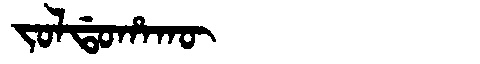
Manchu: ᠵᠣᠯᡩᠣᡥᠠᡴᡡ
Romanization: JOLDOHAKŪ